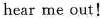
hear me out！